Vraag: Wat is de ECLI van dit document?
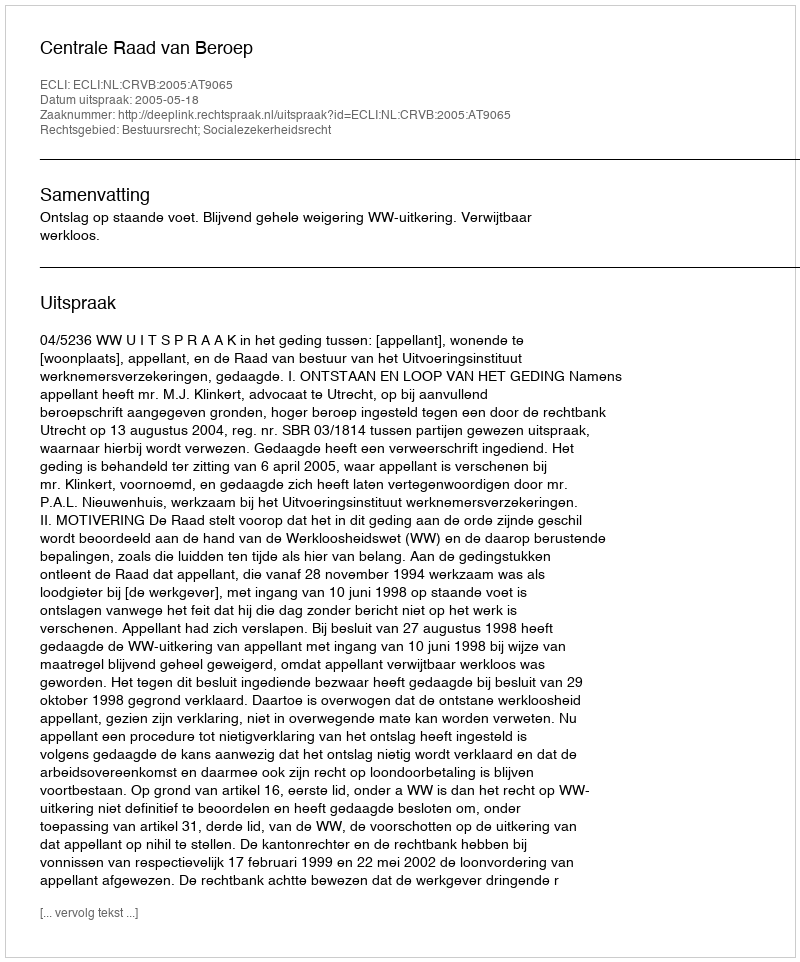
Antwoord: ECLI:NL:CRVB:2005:AT9065